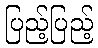
ပြည့်ပြည့်